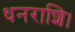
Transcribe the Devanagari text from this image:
धनराशि।